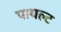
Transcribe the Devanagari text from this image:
पायल्ट